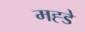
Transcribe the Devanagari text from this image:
मह्डे